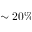
\sim 2 0 \%